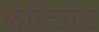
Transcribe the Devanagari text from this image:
कैप्टिवेट